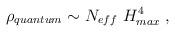
LaTeX: \begin{align*}\rho_{quantum} \sim N_{eff} ~ H^4_{max} \; ,\end{align*}